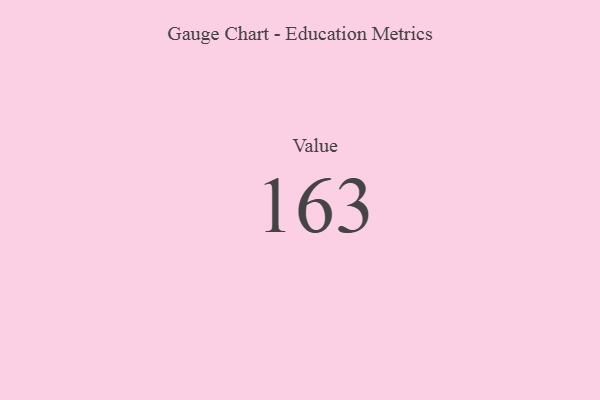
{"axis": {"x": "Metric", "y": "Value"}, "legend": [""], "data": [{"x": "Value", "y": 163, "type": ""}]}